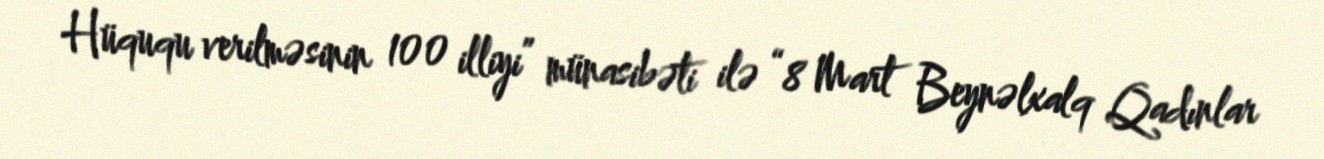
Hüququ verilməsinin 100 illiyi” münasibəti ilə “8 Mart Beynəlxalq Qadınlar